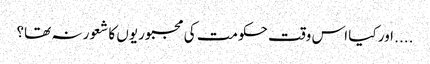
.... اور کیا اس وقت حکومت کی مجبوریوں کا شعور نہ تھا؟